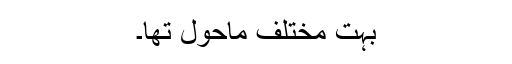
بہت مختلف ماحول تھا۔